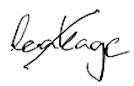
Text: leakage
Cross-out: diagonal
Writing tool: digital_black